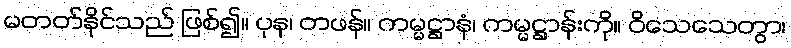
မတတ်နိုင်သည် ဖြစ်၍။ ပုန၊ တဖန်။ ကမ္မဋ္ဌာနံ၊ ကမ္မဋ္ဌာန်းကို။ ဝိသေသေတွာ၊